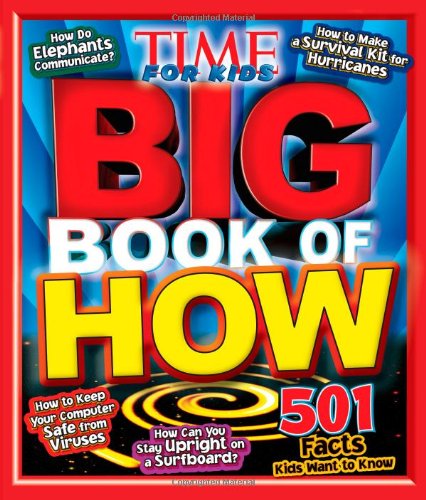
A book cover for TIME For Kids Big Book of How (Time for Kids Magazine); Editors of TIME For Kids Magazine; Children's Books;